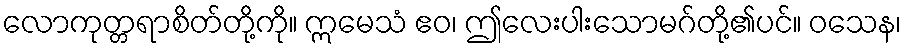
လောကုတ္တရာစိတ်တို့ကို။ ဣမေသံ ဧဝ၊ ဤလေးပါးသောမဂ်တို့၏ပင်။ ဝသေန၊